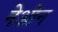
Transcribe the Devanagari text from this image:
नेओन